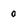
Character: o